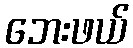
ဘေးဖယ်